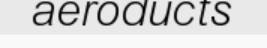
aeroducts